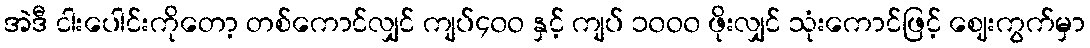
အဲဒီ ငါးပေါင်းကိုတော့ တစ်ကောင်လျှင် ကျပ်၄၀ဝ နှင့် ကျပ် ၁၀ဝ၀ ဖိုးလျှင် သုံးကောင်ဖြင့် ဈေးကွက်မှာ